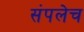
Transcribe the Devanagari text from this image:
संपलेच